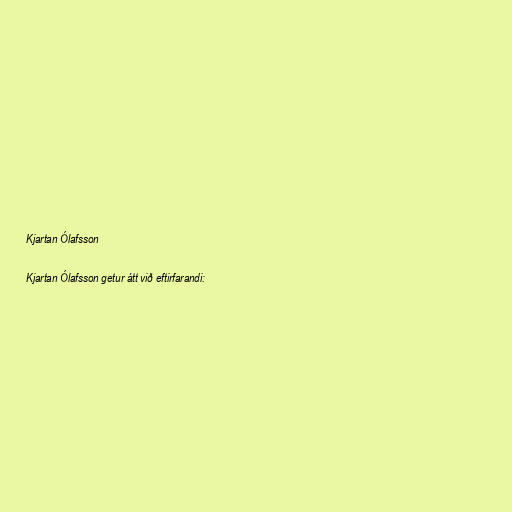
Kjartan Ólafsson

Kjartan Ólafsson getur átt við eftirfarandi: